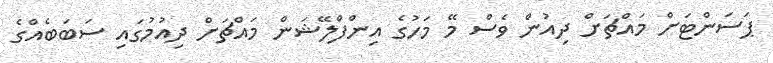
ޕަސަންޓަށް މައްޗަށް ދިއުން ވެސް މޭ މަހުގެ އިންފްލޭޝަން މައްޗަށް ދިއުމުގައި ސަބަބެއްގެ